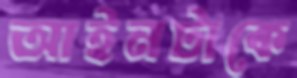
আইনটাকে